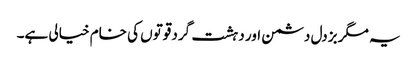
یہ مگر بزدل دشمن اور دہشت گرد قوتوں کی خام خیالی ہے۔